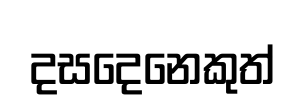
දසදෙනෙකුත්